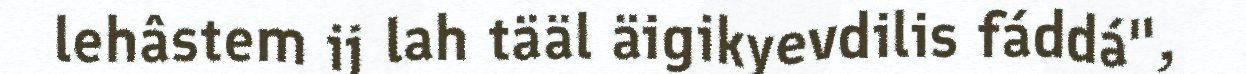
lehâstem ij lah tääl äigikyevdilis fáddá",